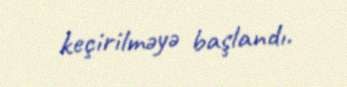
keçirilməyə başlandı.